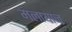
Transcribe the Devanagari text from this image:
मलायाज